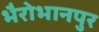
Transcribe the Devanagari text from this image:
भैरोभानपुर